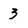
Character: 3